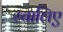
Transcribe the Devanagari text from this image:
स्चालिए